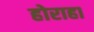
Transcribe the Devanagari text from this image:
होराहा